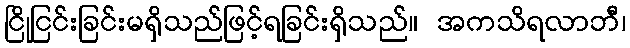
ငြိုငြင်းခြင်းမရှိသည်ဖြင့်ရခြင်းရှိသည်။ အကသိရလာဘီ၊